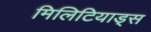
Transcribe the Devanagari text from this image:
मिलिटियाड्स